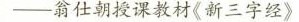
-翁仕朝授课教材《新三字经》